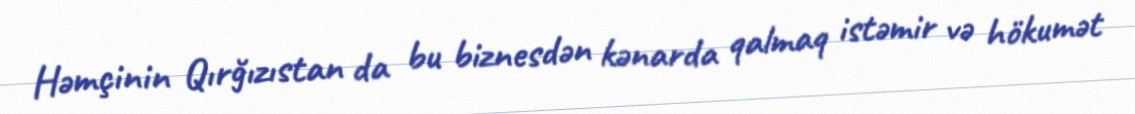
Həmçinin Qırğızıstan da bu biznesdən kənarda qalmaq istəmir və hökumət